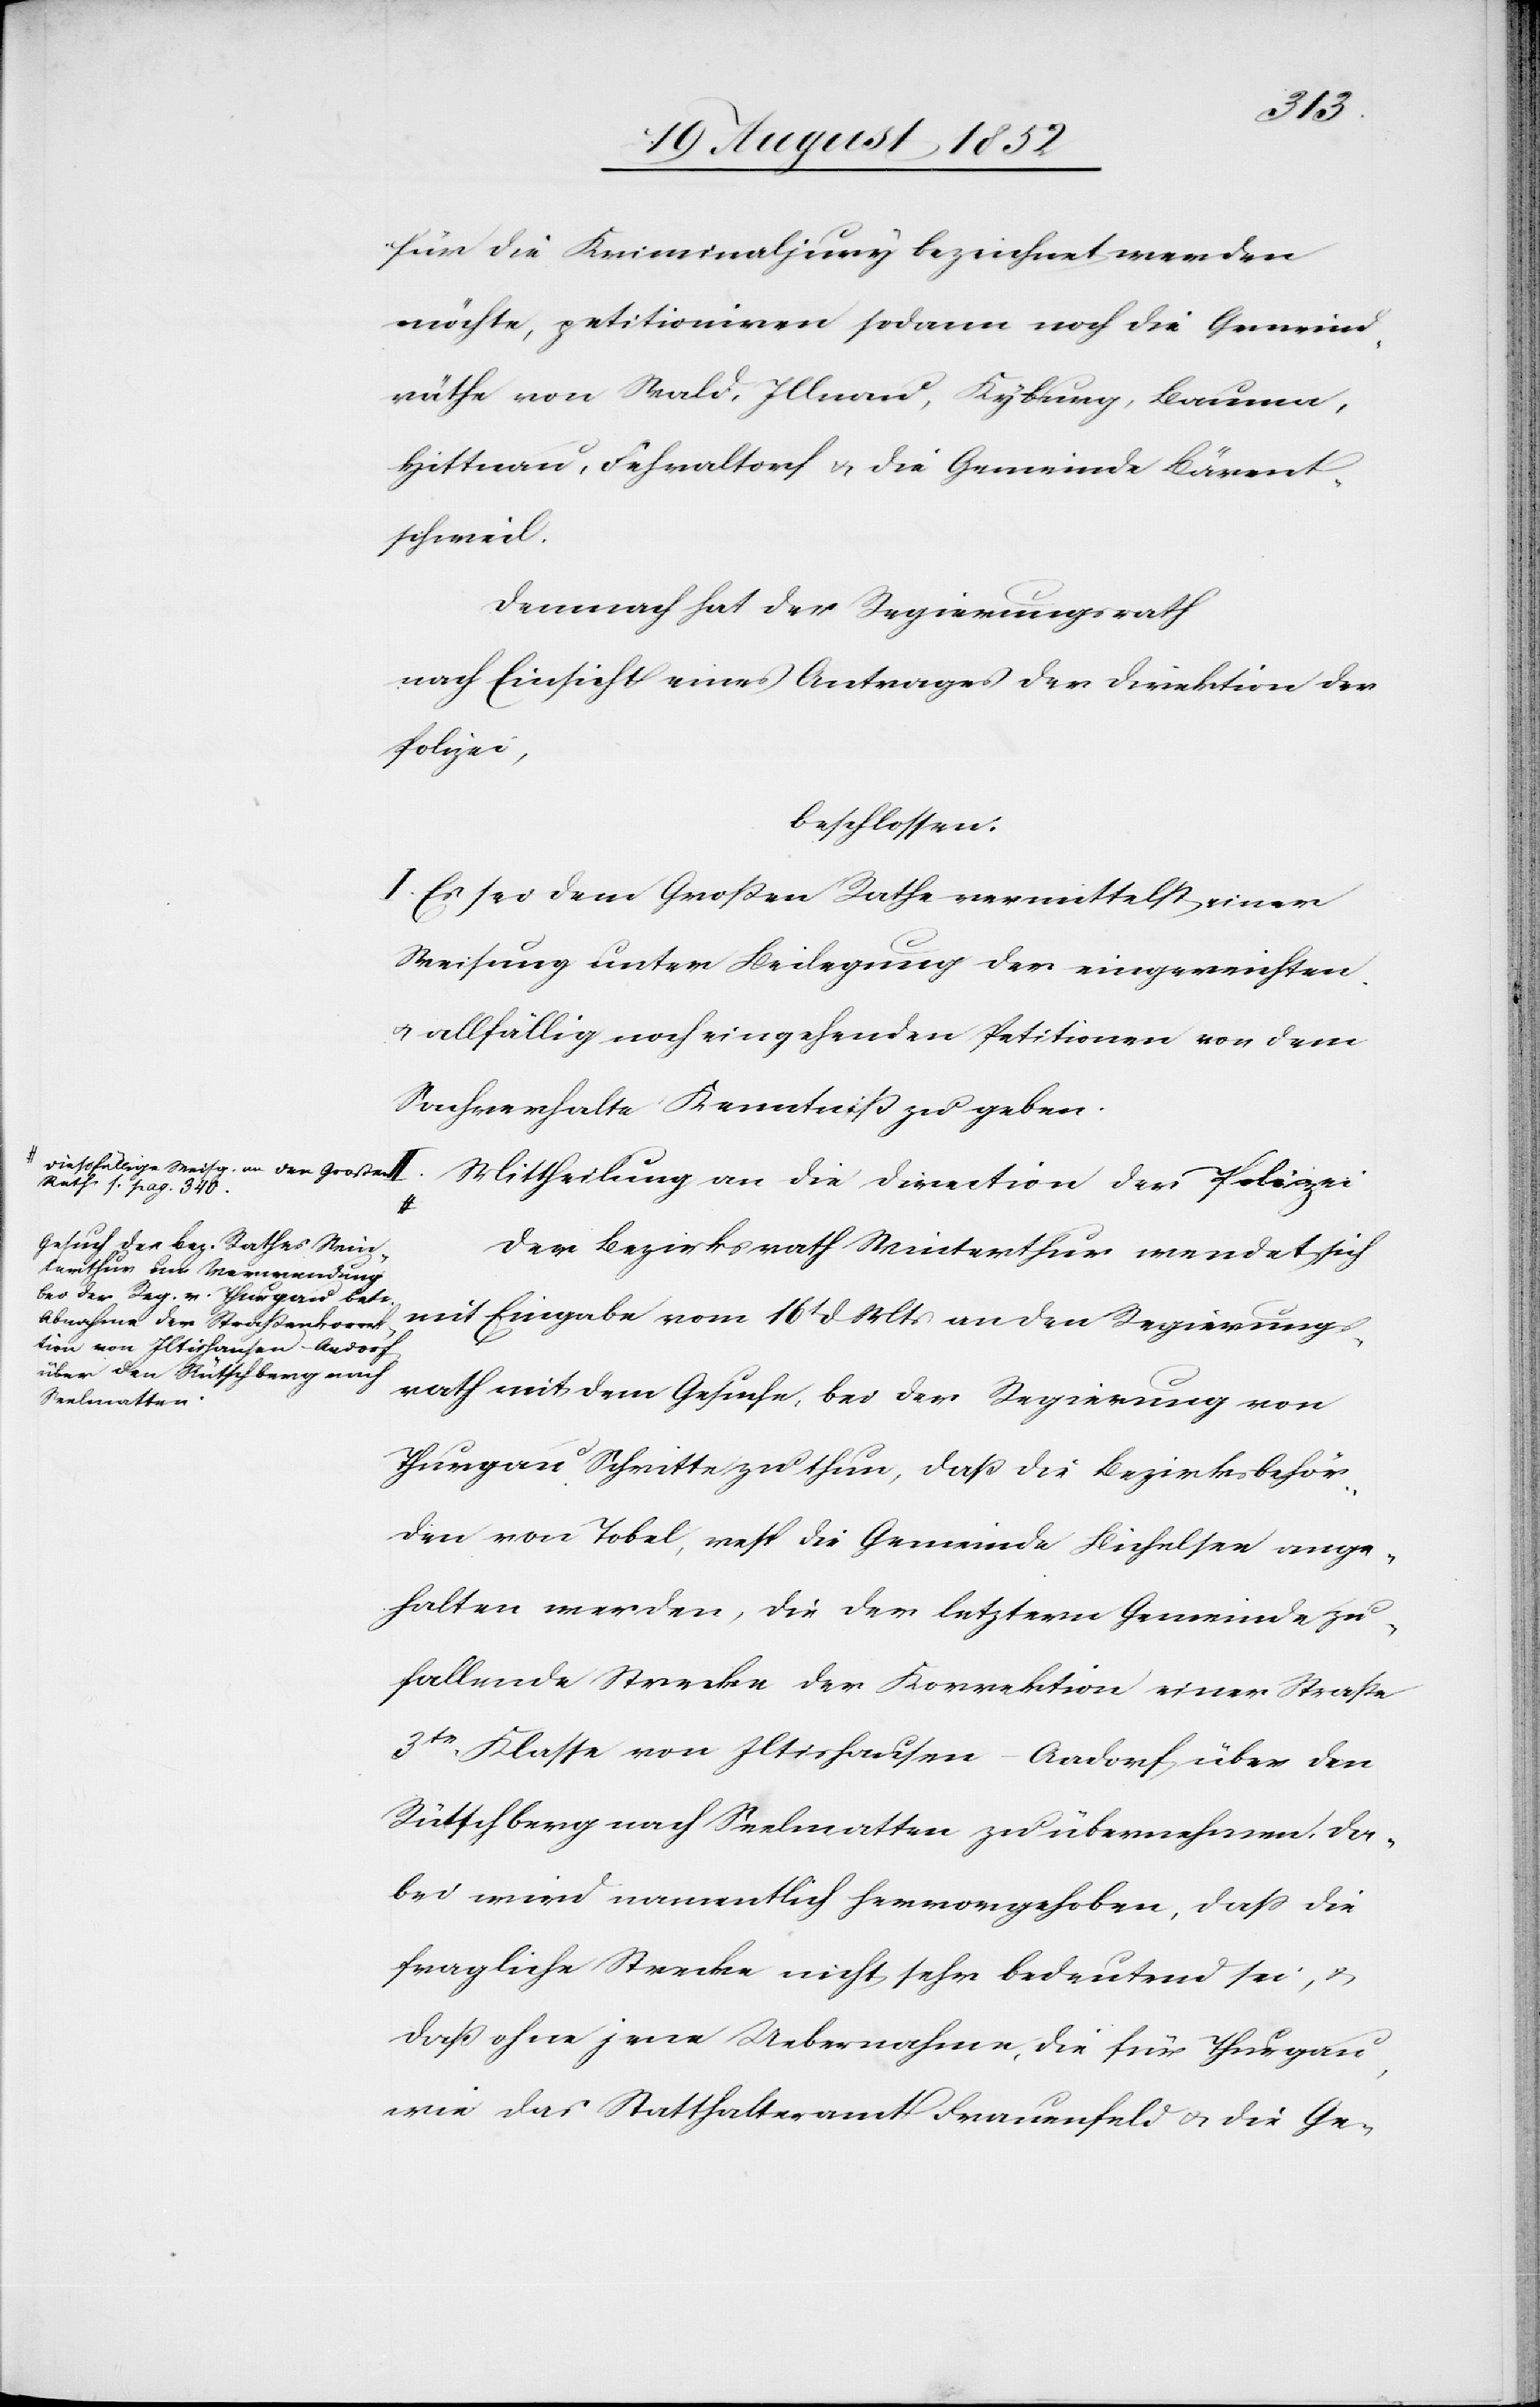
a-Dießfällige Weisg. an den Großen
Rath s. pag. 340.-a

für die Kriminaljury bezeichnet werden
möchte, petitioniren sodann noch die Gemeind¬
räthe von Wald, Illnau, Kyburg, Bauma,
Hittnau, Fehraltorf & die Gemeinde Bärent¬
schweil.
Demnach hat der Regierungsrath
nach Einsicht eines Antrages der Direktion der
Polizei,
beschlossen:
I. Es sei dem Großen Rathe vermittelst einer
Weisung unter Beilegung der eingereichten
& allfällig noch eingehenden Petitionen von dem
Sachverhalte Kenntniß zu geben.
Mittheilung an die Direction der Polizei
Der Bezirksrath Winterthur wendet sich
mit Eingabe vom 16t d Mts an den Regierungs¬
rath mit dem Gesuche, bei der Regierung von
Thurgau Schritte zu thun, daß die Bezirksbehör¬
den von Tobel, resp die Gemeinde Bichelsee ange¬
halten werden, die der letztern Gemeinde zu¬
fallende Strecke der Korrektion einer Straße
3tr. Klasse von Iltishausen-Aadorf über den
Rütschberg nach Seelmatten zu übernehmen. Da¬
bei wird namentlich hervorgehoben, dass die
fragliche Strecke nicht sehr bedeutend sei, &
daß ohne jene Uebernahme, die für Thurgau,
wie das Statthalteramt Frauenfeld & die Ge-